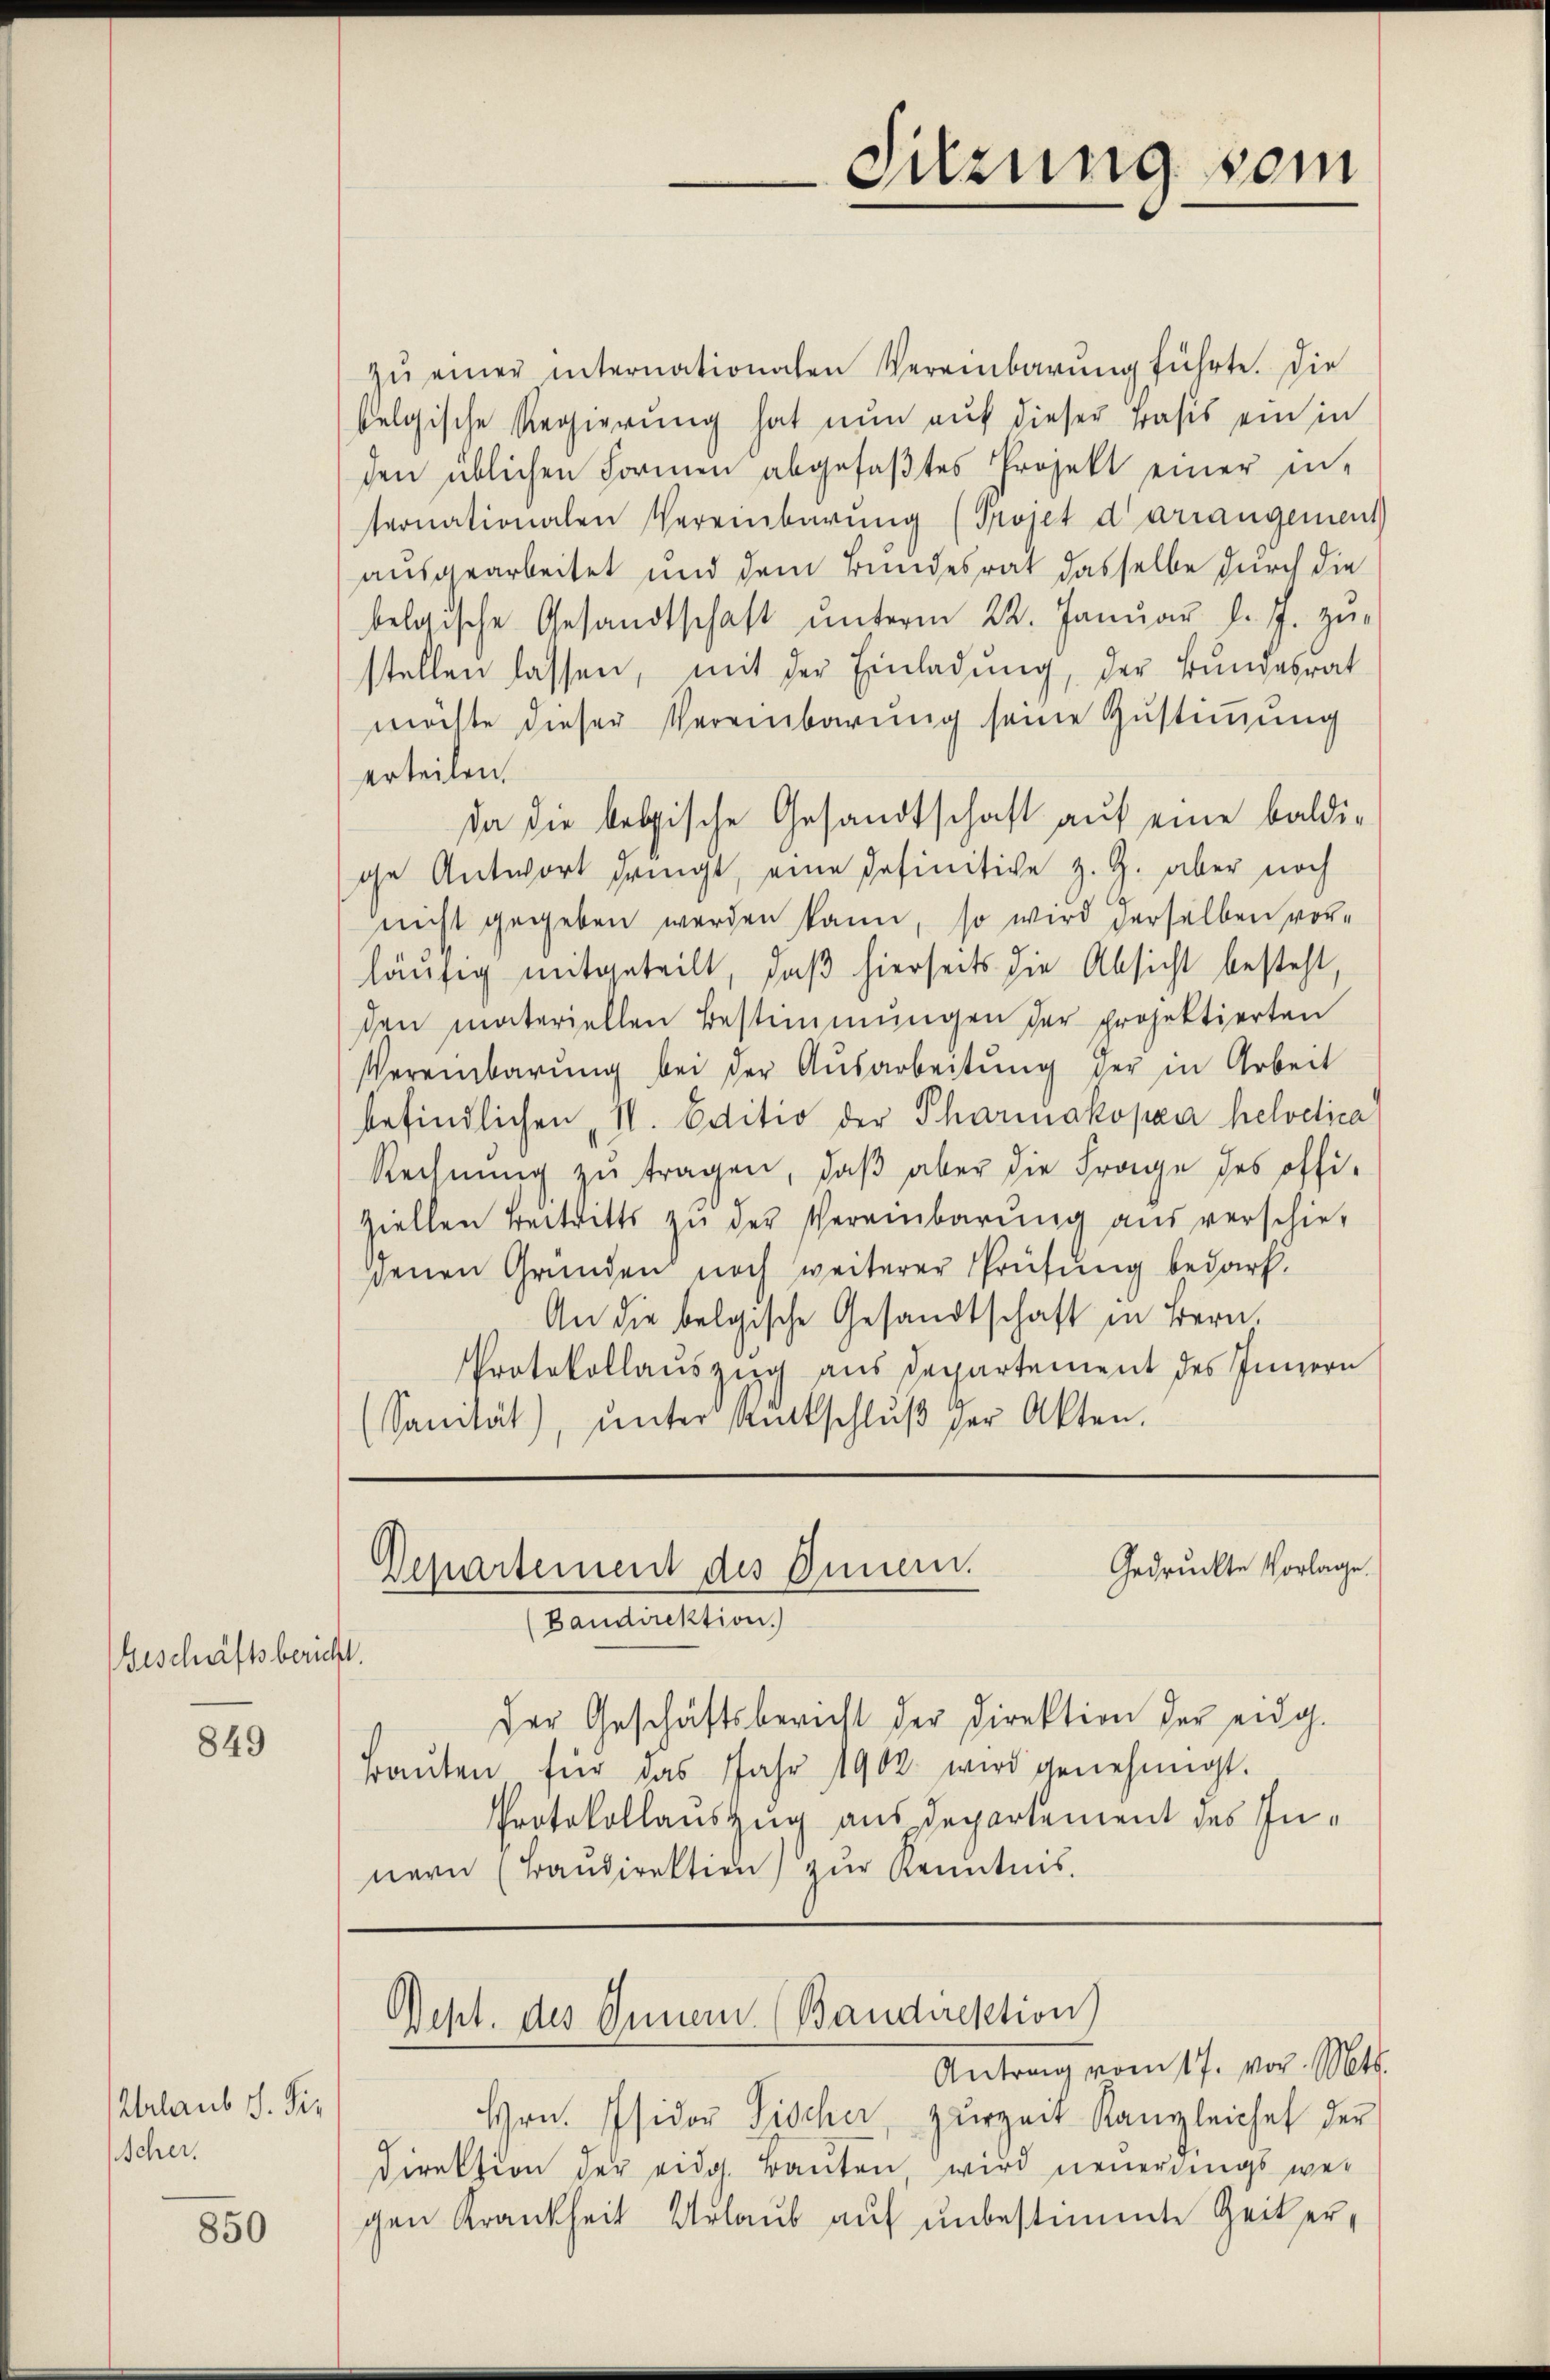
Geschäftsbericht.

849

Urlaub s. Sie
Scher.

850

zŭ einer internationalen Vereinbarŭng führte. Die
felgische Regierung hat nun auf dieser Basis ein in
den üblichen Formen abgefaβtes Projekt einer in-
ternationalen Vereinbarŭng (Projet d arrangement
ausgearbeitet und dem Bundesrat dasselbe durch die
belgische Gesandtschaft unterm 22. Januar l. J. zu-
stellen lassen, mit der Einladung, der Bundesrat
möchte dieser Vereinbarung seine Zustimmung
erteilen.
da die belgische Gesandtschaft auf eine baldige Antwort dringt, eine Definitive z. Z. aber noch
nicht gegeben werden kann, so wird derselben vorläŭfig mitgeteilt, daβ hierseits die Absicht besteht,
den materiellen Bestimmungen der projektierten
Vereinbarŭng bei der Ausarbeitŭng der in Arbeit
befindlichen II. Editio der Pharmakopaar helodica
Rechnŭng zu tragen, daß aber die Frage des offiziellen Beitritts zŭ der Vereinbarŭng aus verschie-
denen Gründen noch weiterer Prüfung bedarf.
An die belgische Gesandtschaft in Bern.
Protokollauszug aus Departement des Innern
(Sanität, ŭnter Bittschlŭβ der Akten.

Departement des Innern.
Baudirektion.

Gedruckte Vorlage.
Der Geschäftsbericht der Direktion der eidg.
Baŭten für das Jahr 1902 wird genehmigt.
Protokollauszug aus Departement des Innern (Traŭdirektion zŭr Kenntnis.
Dept. des Innern (Bandirektion
Antrag vom 17. vor. Mts.
Hrn. Isidor Tischer, zurzeit Kangleiches der
Direktion der eidg. Bauten, wird neuerdings wegen Krankheit Urlaub auf unbestimmte Zeiter,

Sitzung vom